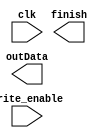
`timescale 1ns / 1ps
module input_hidden_mem(input wire clk, input wire write_enable, output outData, output reg finish); 

//reg 

endmodule